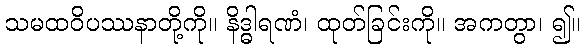
သမထဝိပဿနာတို့ကို။ နိဒ္ဓါရဏံ၊ ထုတ်ခြင်းကို။ အကတွာ၊ ၍။